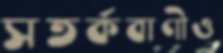
সতর্কবাণীও